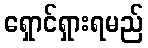
ရှောင်ရှားရမည်